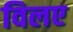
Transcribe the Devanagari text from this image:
विलए